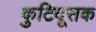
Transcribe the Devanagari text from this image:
कुटिदूसक